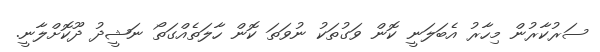
ސަރުކާރުން މިހާރު އެބަލަނީ ކޮން ވަގުތަކު ނުވަތަ ކޮން ހާލަތެއްގަތޯ ނަޝީދު ދޫކޮށްލާނީ.